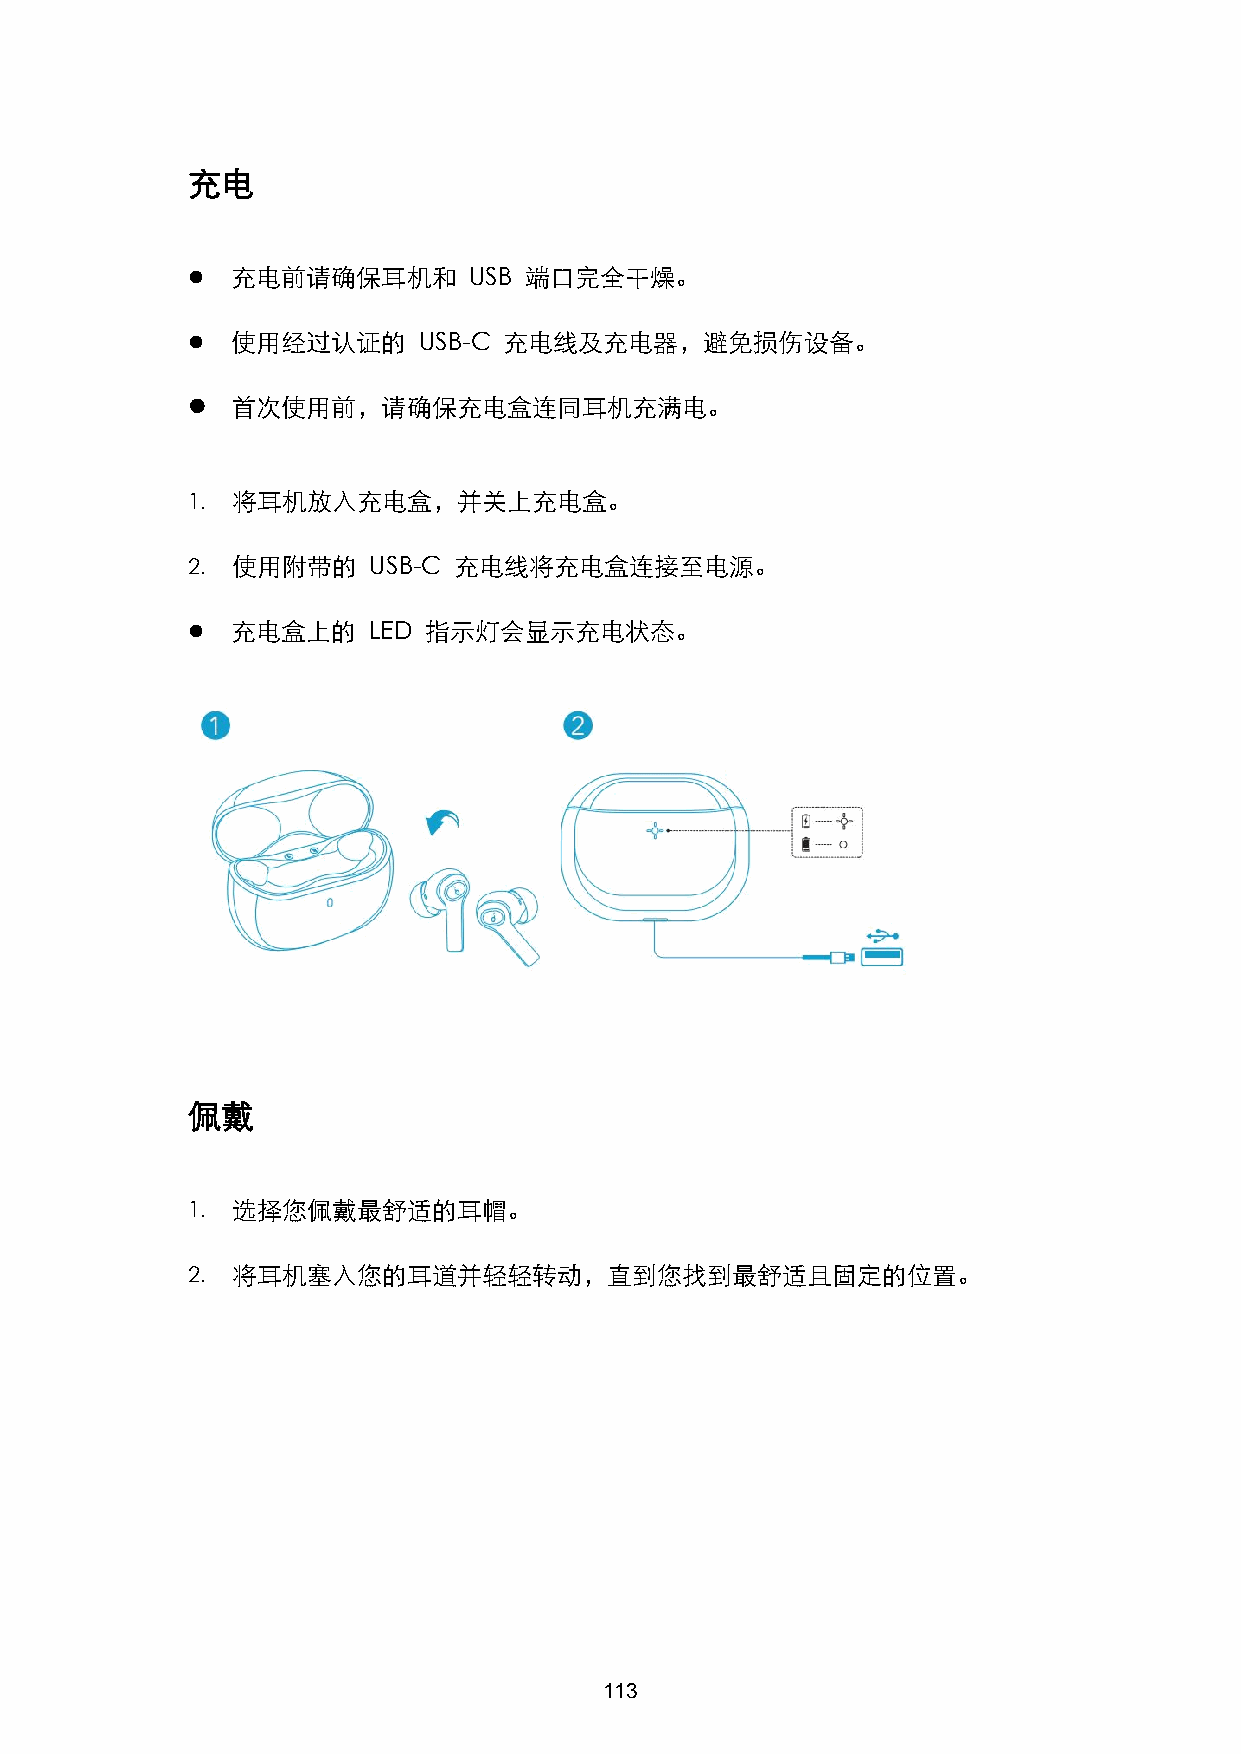
充电
   充电前请确保耳机和       USB 端口完全干燥。
   使用经过认证的      USB-C 充电线及充电器，避免损伤设备。
   首次使用前，请确保充电盒连同耳机充满电。
 1. 将耳机放入充电盒，并关上充电盒。
 2. 使用附带的    USB-C 充电线将充电盒连接至电源。
   充电盒上的    LED 指示灯会显示充电状态。
 佩戴
 1. 选择您佩戴最舒适的耳帽。
 2. 将耳机塞入您的耳道并轻轻转动，直到您找到最舒适且固定的位置。
 113